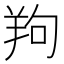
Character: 𦍵